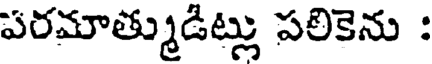
పరమాత్ముడిట్లు పలికెను :